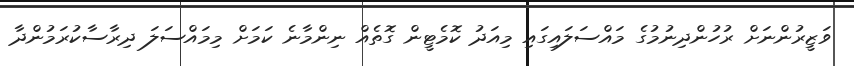
ވަޒީރުންނަށް ރުހުންދިނުމުގެ މައްސަލައިގައި މިއަދު ކޮމެޓީން ގޮތެއް ނިންމާނެ ކަމަށް މިމައްސަލަ ދިރާސާކުރަމުންދާ